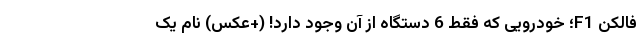
فالکن F1؛ خودرویی که فقط 6 دستگاه از آن وجود دارد! (+عکس) نام یک